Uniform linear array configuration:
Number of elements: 24
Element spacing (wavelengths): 1
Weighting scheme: blackman
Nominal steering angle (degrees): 0
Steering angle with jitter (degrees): -1.043
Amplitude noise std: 0.05
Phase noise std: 0.05

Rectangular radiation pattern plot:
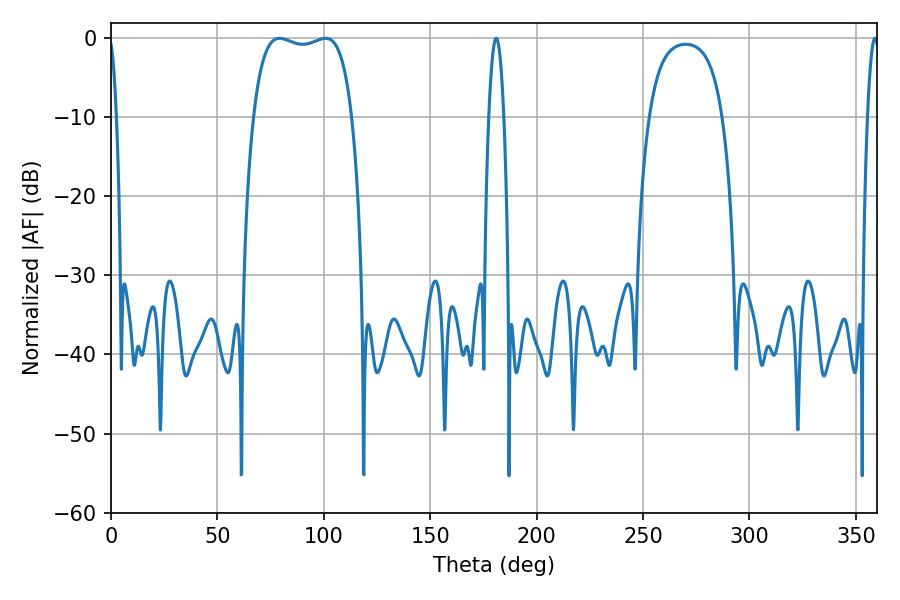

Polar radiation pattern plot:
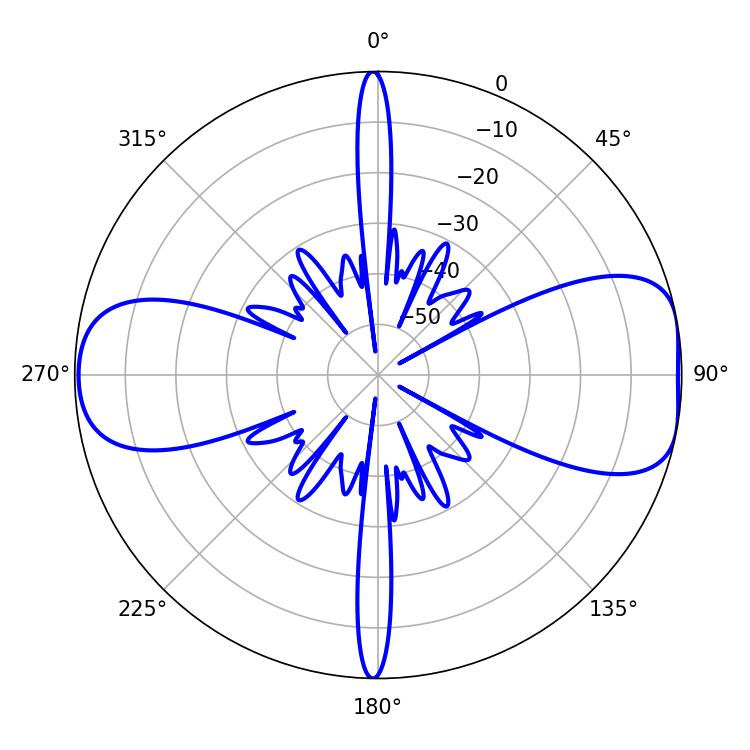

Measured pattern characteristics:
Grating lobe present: TRUE
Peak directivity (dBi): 8.749
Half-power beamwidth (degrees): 37.44
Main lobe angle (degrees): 79.2